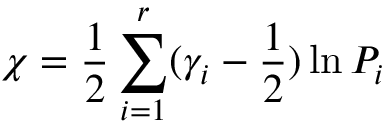
\chi = \frac 1 2 \sum _ { i = 1 } ^ { r } ( \gamma _ { i } - \frac 1 2 ) \ln P _ { i }